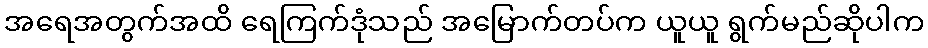
အရေအတွက်အထိ ရေကြက်ဒုံသည် အမြောက်တပ်က ယူယူ ရွက်မည်ဆိုပါက